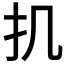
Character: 𢩫